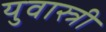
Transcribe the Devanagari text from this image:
युवास्त्री